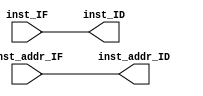
module Register_IF_ID
(
    input [63:0] inst_addr_IF,
    input [31:0] inst_IF,
    output reg [63:0] inst_addr_ID,
    output reg [31:0] inst_ID
);

always @(*) begin
    inst_addr_ID = inst_addr_IF;
    inst_ID = inst_IF;
end

endmodule